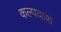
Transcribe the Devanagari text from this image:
कल्पवाश